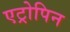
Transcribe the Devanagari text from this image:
एट्रोपिन